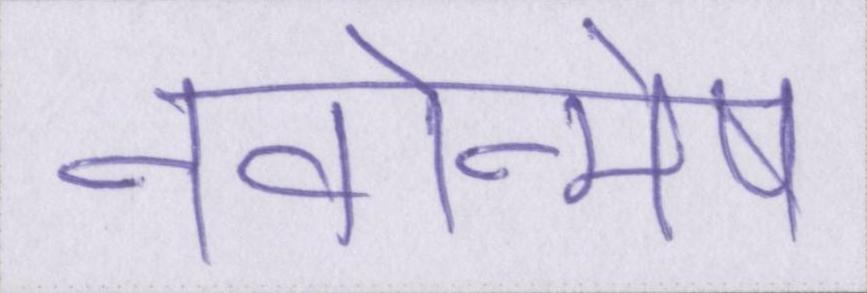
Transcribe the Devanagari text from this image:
नवोन्मेष